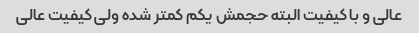
عالی و با کیفیت البته حجمش یکم کمتر شده ولی کیفیت عالی